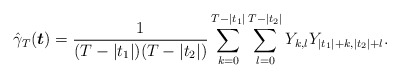
\begin{align*}\hat{\gamma}_{T}(\boldsymbol{t})= \frac{1}{(T-|t_{1}|)(T-|t_{2}|)}\sum_{k=0}^{T-|t_1|}\sum_{l=0}^{T-|t_2|} Y_{k,l} Y_{|t_{1}|+k,|t_{2}|+l}. \end{align*}